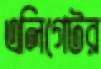
এলিগেটর